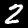
Label: 2